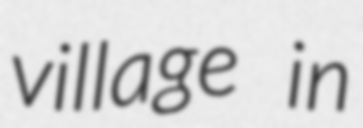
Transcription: village in